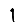
Digit: 1